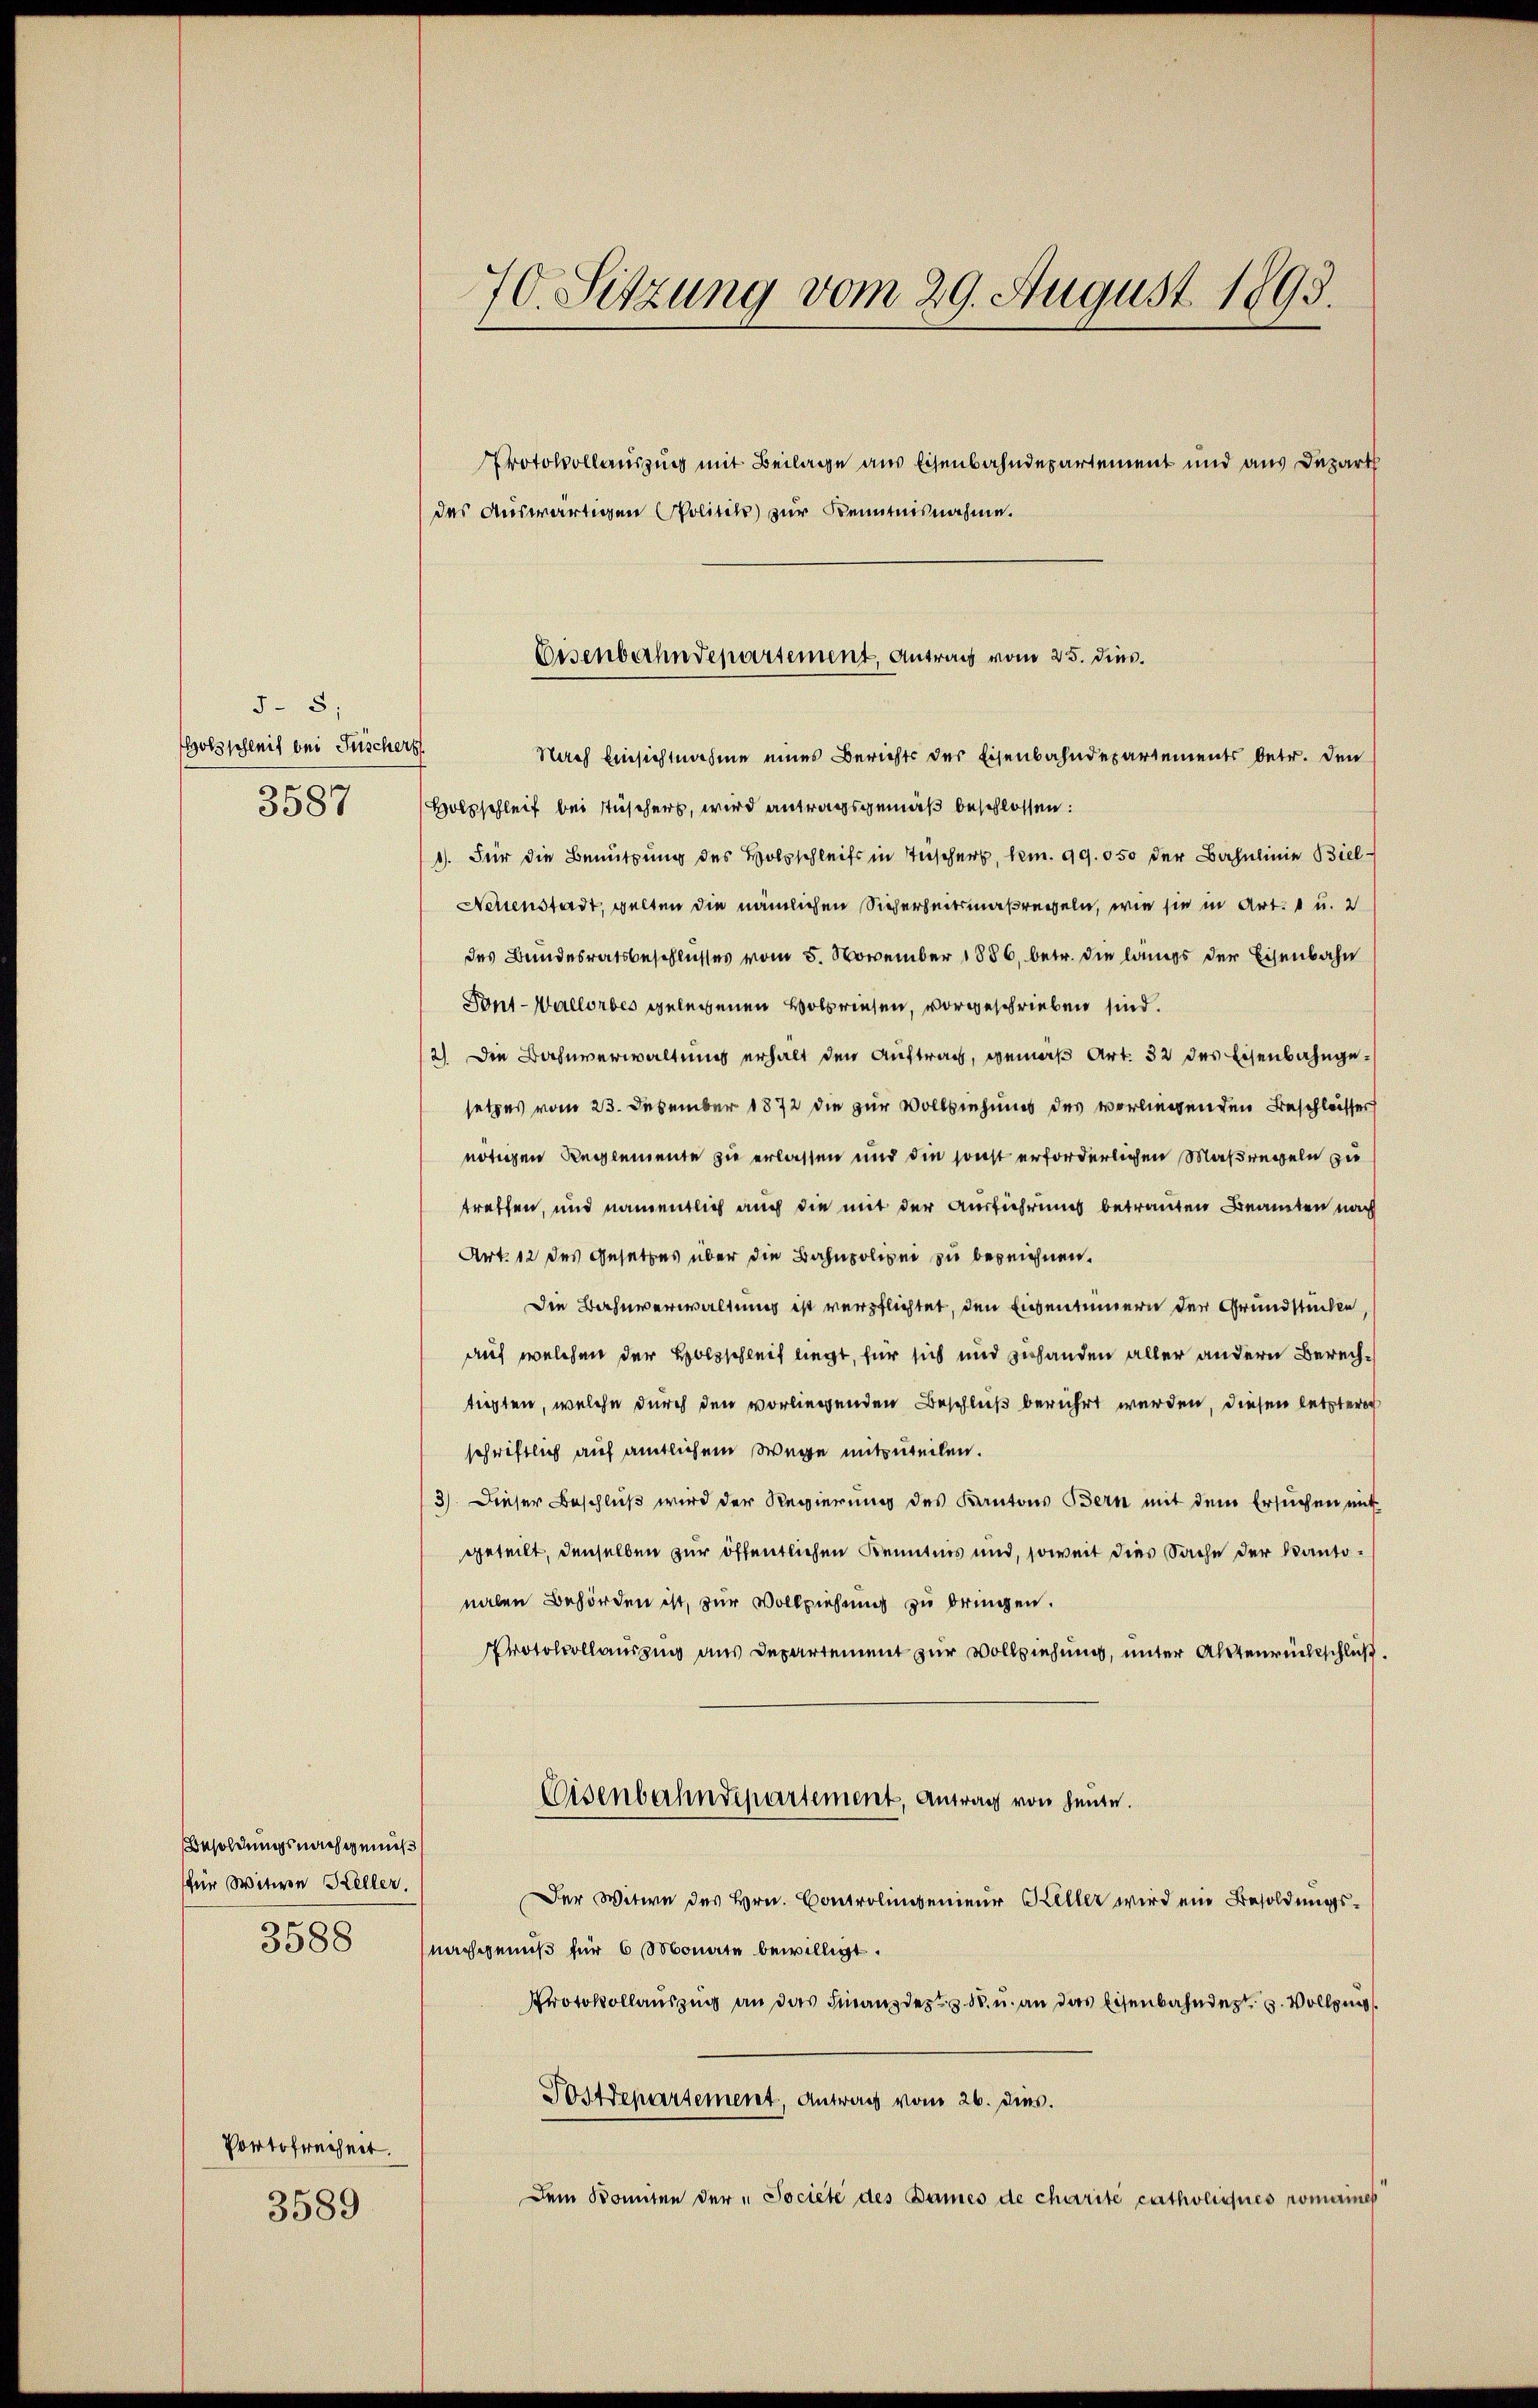
58;
Holzschleif bei Fischer
3587

Besoldungsnachgenuß
für Witwen Keller.
3588

Portofreiheit.
3589

70. Sitzung vom 29. August 1893.

Protokollauszung mit Beilage aus Eisenbahndepartement und aus Depart
des Auswärtigen Politik zur Kenntnisnahme.
Nach Einsichtnahme eines Berichts der Eisenbahndepartements betr. den
Holzschleif bei Tischers, wird antragsgemäß beschlossen:
1). Für die Benützung des Holzschleifs in Tischert, kn. 99. 050 der Bahnlinie Biel
Neuenstadt, gelten die nämlichen Sicherheitsmaßregeln, wie sie in Art. 1 u. 2
des Bundesratsbeschlusses vom 5. November 1886, betr. die langs der Eisenbahn
Pont-Wallorbes gelegenen volbriesen, vorgeschrieben sind.
2) Die Bahnverwaltung erhält den Auftrag, gemäß Art. 32 des Eisenbahngesetzes vom 23. Dezember 1872 die zur Vollziehung des vorliegenden Beschlosses
nötigen Reglemente sie erlassen und die sonst erforderlichen Maßregeln zu
treffen, und namentlich auch die mit der Ausführung betrauten Beamten nach
Art. 12 des Gesetzes über die Bahnpolizei zu bezeichnen.
Die Bahnverwaltung ist verpflichtet, den Eigentümern der Grundstücken
auf welchen der Holzschleif liegt, für sich und zuhanden aller andern Berechtigten, welche durch den vorliegenden Beschluß berührt werden, diesen letzter
schriftlich auf amtlichem Wege mitzuteilen.
3). Dieser Beschluß wird der Regierung des Kantons Bern mit dem Ersuchen mit
geteilt, denselben zur öffentlichen Kenntnis und, soweit dies Sache der Kantonalen Behörden ist, zur Vollziehung zu bringen.
Protocollausung aus Departement zur Vollziehung, unter Altenrückschluß
Eisenbahndepartement, Antrag von heute.
Der Witwe des Hrn. Controlingenieur Keller wird ein Besoldungsnachgemäß für 6 Monate bewilligt.
Protokollauszug an das Finanzdes z. ds. u. an das Eisenbahnder Vollzi
Postdepartement, Antrag vom 26. dies.
Dem Komiten der "Societe des Dames de charité catholiques romainer

Eisenbahndepartement, Antrag vom 25. dies